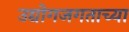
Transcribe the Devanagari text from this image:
उद्योगजगताच्या